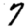
Digit: 7